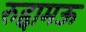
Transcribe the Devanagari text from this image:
रुद्दामऊ